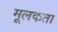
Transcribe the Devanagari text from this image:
मूलकता